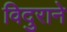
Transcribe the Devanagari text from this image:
विदुराने